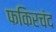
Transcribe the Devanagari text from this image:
फकिरचंद